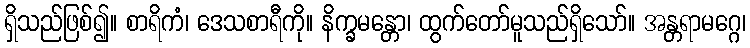
ရှိသည်ဖြစ်၍။ စာရိကံ၊ ဒေသစာရီကို။ နိက္ခမန္တော၊ ထွက်တော်မူသည်ရှိသော်။ အန္တရာမဂ္ဂေ၊